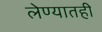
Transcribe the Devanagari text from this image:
लेण्यातही